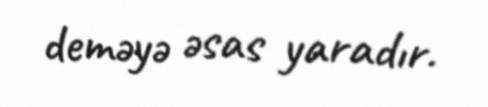
deməyə əsas yaradır.